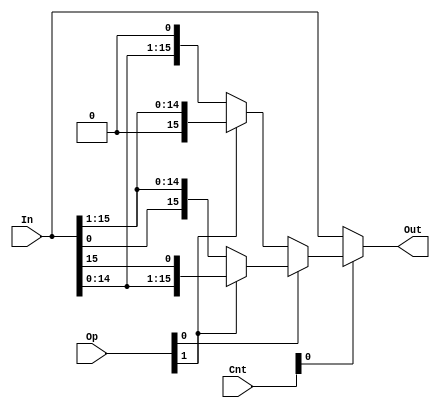
module shift_rotate_0(Out, In, Op, Cnt);

	input [15:0] In;
	input [3:0] Cnt;
	input [1:0] Op;
	
	output[15:0] Out;
	
	wire[15:0] op_res;
	
	assign op_res = Op[0] ? 
			//rotate left
			(Op[1] ? {In[14:0], In[15]} 
			///rotate right
			: {In[0], In[15:1]}) : 
			//shift right logical
			(Op[1] ? {1'b0, In[15:1]} : 
			//shift left
			{In[14:0], 1'b0});
	
	assign Out = Cnt[0] ? op_res : In;

endmodule